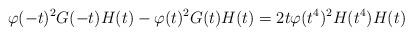
LaTeX: \begin{align*} \varphi(-t)^2G(-t)H(t)-\varphi(t)^2G(t)H(t) = 2t\varphi(t^4)^2H(t^4)H(t)\end{align*}